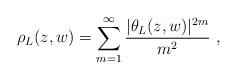
LaTeX: \begin{align*} \rho_L(z,w)=\sum_{m=1}^\infty\frac{|\theta_L(z,w)|^{2m}}{m^2}\ , \end{align*}